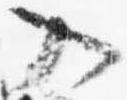
入